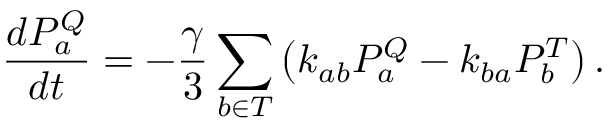
\frac { d P _ { a } ^ { Q } } { d t } = - \frac { \gamma } { 3 } \sum _ { b \in T } \left( k _ { a b } P _ { a } ^ { Q } - k _ { b a } P _ { b } ^ { T } \right) .